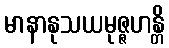
မာနာနုသယမုဇ္ဇဟန္တိ